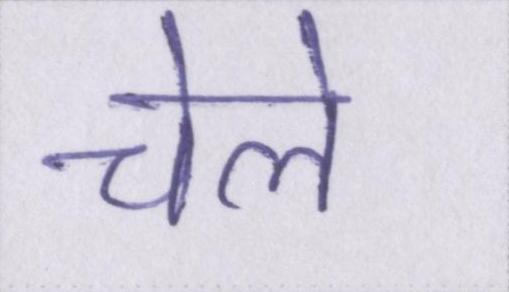
चेले